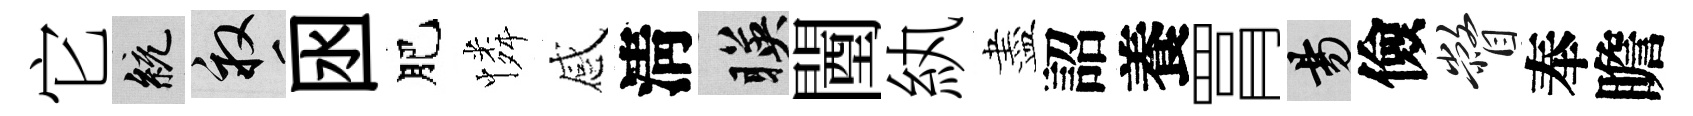
它統畝囦肥憐感淸暎闉紈盡詔養罥昜儉瞥奉瞻